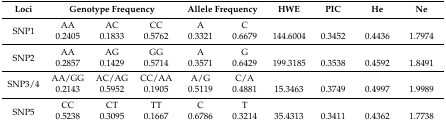
| Loci | <COLSPAN=3> Genotype Frequency | <COLSPAN=2> Allele Frequency | HWE | PIC | He | Ne |
 | --- | --- | --- | --- | --- | --- | --- | --- | --- | --- |
 | <ROWSPAN=2> SNP1 | AA | AC | CC | A | C |  |  |  |  |
 | 0.2405 | 0.1833 | 0.5762 | 0.3321 | 0.6679 | 144.6004 | 0.3452 | 0.4436 | 1.7974 |
 | <ROWSPAN=2> SNP2 | AA | AG | GG | A | G |  |  |  |  |
 | 0.2857 | 0.1429 | 0.5714 | 0.3571 | 0.6429 | 199.3185 | 0.3538 | 0.4592 | 1.8491 |
 | <ROWSPAN=2> SNP3/4 | AA/GG | AC/AG | CC/AA | A/G | C/A |  |  |  |  |
 | 0.2143 | 0.5952 | 0.1905 | 0.5119 | 0.4881 | 15.3463 | 0.3749 | 0.4997 | 1.9989 |
 | <ROWSPAN=2> SNP5 | CC | CT | TT | C | T |  |  |  |  |
 | 0.5238 | 0.3095 | 0.1667 | 0.6786 | 0.3214 | 35.4313 | 0.3411 | 0.4362 | 1.7738 |